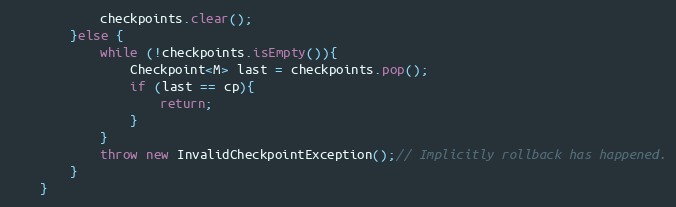
Language: Java
			checkpoints.clear();
		}else {
			while (!checkpoints.isEmpty()){
				Checkpoint<M> last = checkpoints.pop();
				if (last == cp){
					return;
				}
			}
			throw new InvalidCheckpointException();// Implicitly rollback has happened.
		}
	}